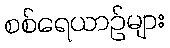
စစ်ရေယာဉ်များ